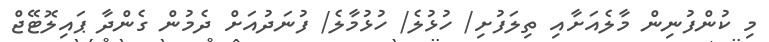
މި ކުންފުނިން މާލެއަށާއި ތިލަފުށި/ ހުޅުލެ/ ހުޅުމާލެ/ ފުނަދުއަށް ދެމުން ގެންދާ ޕައިލޮޓޭޖް